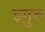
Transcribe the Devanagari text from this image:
इगुरु